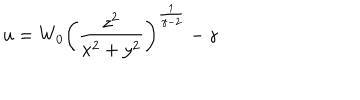
u = W _ { 0 } \left( { \frac { z ^ { 2 } } { x ^ { 2 } + y ^ { 2 } } } \right) ^ { \frac { 1 } { \gamma - 2 } } - \gamma